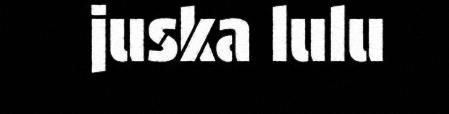
juska lulu